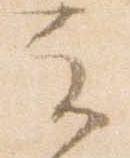
云